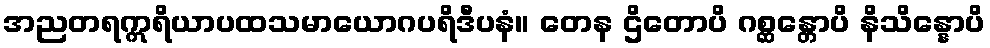
အညတရဣရိယာပထသမာယောဂပရိဒီပနံ။ တေန ဌိတောပိ ဂစ္ဆန္တောပိ နိသိန္နောပိ